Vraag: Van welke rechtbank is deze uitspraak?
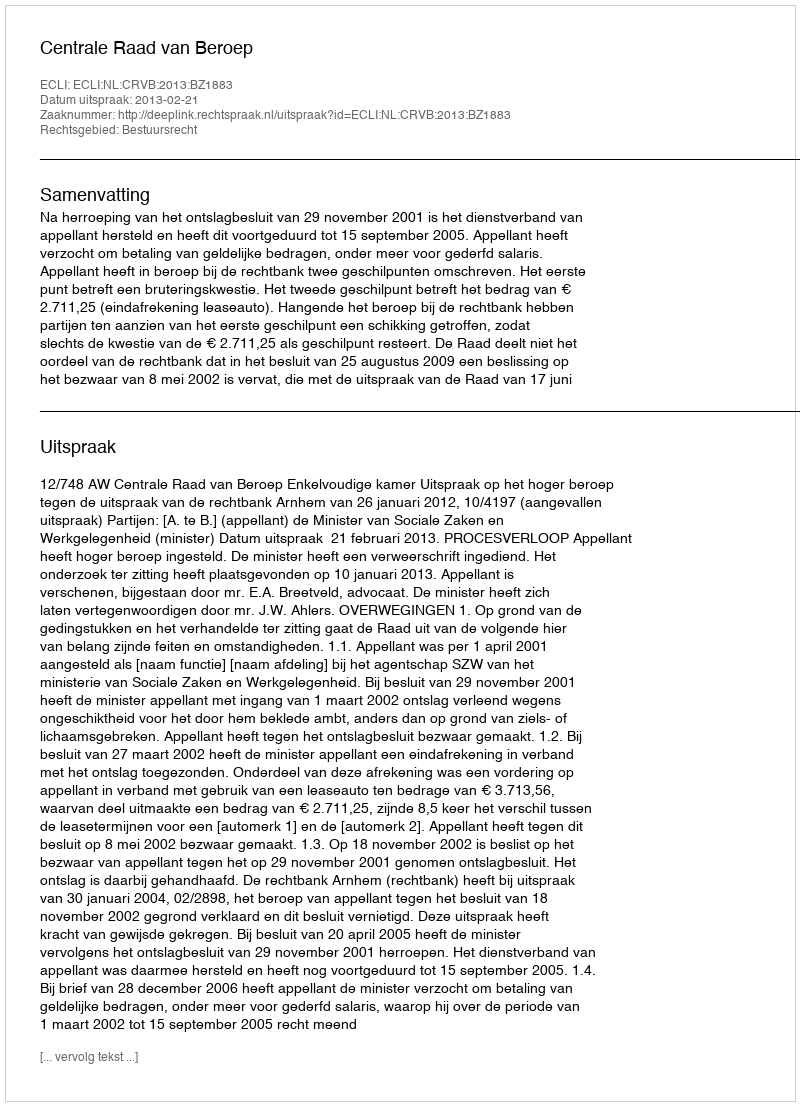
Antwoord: Centrale Raad van Beroep